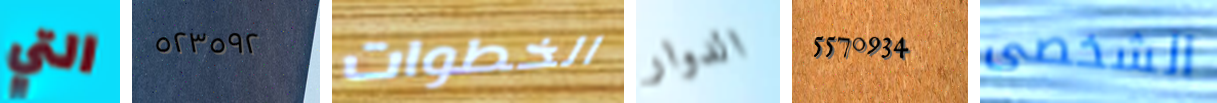
التي ٥٢٣٥٩٢ الخطوات الدوار 5570934 الشخصى